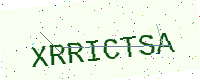
Text: XRRICTSA